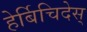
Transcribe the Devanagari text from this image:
हेर्बिचिदेस्